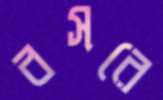
বসরে